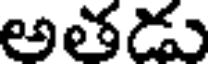
అతడు